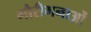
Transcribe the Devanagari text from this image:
गौरीगनाओं